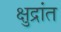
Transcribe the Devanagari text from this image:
क्षुद्रांत